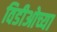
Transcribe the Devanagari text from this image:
विडीओच्या